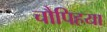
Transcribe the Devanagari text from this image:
चौपिहया